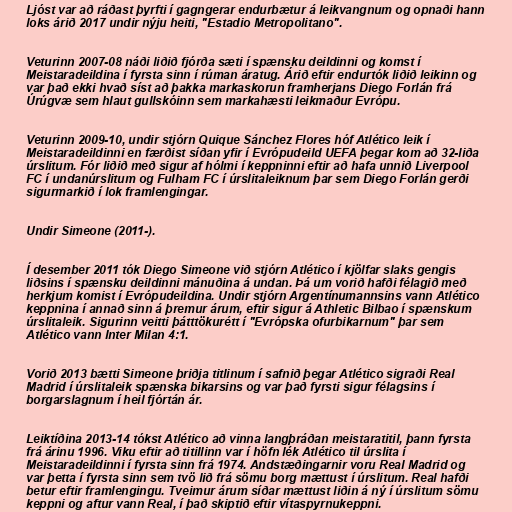
Ljóst var að ráðast þyrfti í gagngerar endurbætur á leikvangnum og opnaði hann
loks árið 2017 undir nýju heiti, "Estadio Metropolitano".

Veturinn 2007-08 náði liðið fjórða sæti í spænsku deildinni og komst í
Meistaradeildina í fyrsta sinn í rúman áratug. Árið eftir endurtók liðið leikinn og
var það ekki hvað síst að þakka markaskorun framherjans Diego Forlán frá
Úrúgvæ sem hlaut gullskóinn sem markahæsti leikmaður Evrópu.

Veturinn 2009-10, undir stjórn Quique Sánchez Flores hóf Atlético leik í
Meistaradeildinni en færðist síðan yfir í Evrópudeild UEFA þegar kom að 32-liða
úrslitum. Fór liðið með sigur af hólmi í keppninni eftir að hafa unnið Liverpool
FC í undanúrslitum og Fulham FC í úrslitaleiknum þar sem Diego Forlán gerði
sigurmarkið í lok framlengingar.

Undir Simeone (2011-).

Í desember 2011 tók Diego Simeone við stjórn Atlético í kjölfar slaks gengis
liðsins í spænsku deildinni mánuðina á undan. Þá um vorið hafði félagið með
herkjum komist í Evrópudeildina. Undir stjórn Argentínumannsins vann Atlético
keppnina í annað sinn á þremur árum, eftir sigur á Athletic Bilbao í spænskum
úrslitaleik. Sigurinn veitti þátttökurétt í "Evrópska ofurbikarnum" þar sem
Atlético vann Inter Milan 4:1.

Vorið 2013 bætti Simeone þriðja titlinum í safnið þegar Atlético sigraði Real
Madrid í úrslitaleik spænska bikarsins og var það fyrsti sigur félagsins í
borgarslagnum í heil fjórtán ár.

Leiktíðina 2013-14 tókst Atlético að vinna langþráðan meistaratitil, þann fyrsta
frá árinu 1996. Viku eftir að titillinn var í höfn lék Atlético til úrslita í
Meistaradeildinni í fyrsta sinn frá 1974. Andstæðingarnir voru Real Madrid og
var þetta í fyrsta sinn sem tvö lið frá sömu borg mættust í úrslitum. Real hafði
betur eftir framlengingu. Tveimur árum síðar mættust liðin á ný í úrslitum sömu
keppni og aftur vann Real, í það skiptið eftir vítaspyrnukeppni.